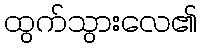
ထွက်သွားလေ၏